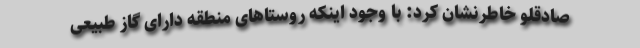
صادقلو خاطرنشان کرد: با وجود اینکه روستاهای منطقه دارای گاز طبیعی